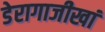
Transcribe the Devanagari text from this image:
डेरागाजीखां